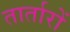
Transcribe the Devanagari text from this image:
तार्तारों